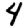
Digit: 4